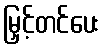
မြှင့်တင်ပေး